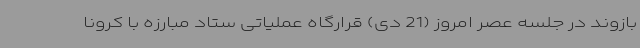
بازوند در جلسه عصر امروز (21 دی) قرارگاه عملیاتی ستاد مبارزه با کرونا